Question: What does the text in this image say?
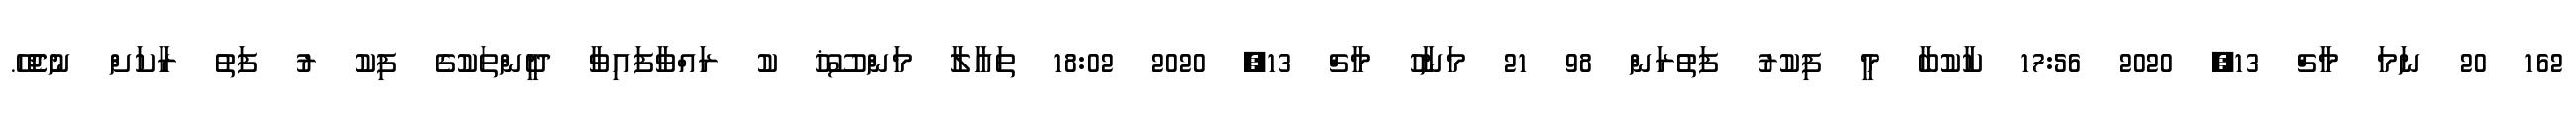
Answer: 162 20 ނަމަ މާޗް 13, 2020 17:56 ކާކުބާ މީ ފިކުރު ފަތުރަން 98 21 މަނާހު މާޗް 13, 2020 18:02 ތައާލާ މަންސޫޚު ކު ރައްވާފައިވާ ދީންތަކުގެ ފިކު ރު ފަތު ރާކަށް ނުޖެހޭ.